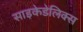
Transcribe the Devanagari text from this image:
साइकेडेलिक्स